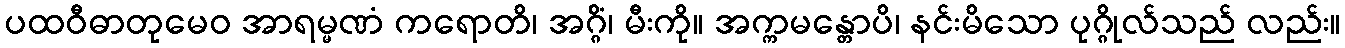
ပထဝီဓာတုမေဝ အာရမ္မဏံ ကရောတိ၊ အဂ္ဂိံ၊ မီးကို။ အက္ကမန္တောပိ၊ နင်းမိသော ပုဂ္ဂိုလ်သည် လည်း။